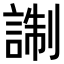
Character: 𧨰